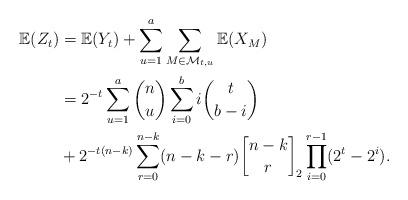
LaTeX: \begin{align*}\mathbb{E}(Z_t) &= \mathbb{E}(Y_t)+\sum_{u=1}^{a}\sum_{M\in\mathcal{M}_{t,u}}\mathbb{E}(X_M)\\&= 2^{-t}\sum_{u=1}^{a}\binom{n}{u}\sum_{i=0}^{b}i\binom{t}{b-i}\\&+2^{-t(n-k)}\sum_{r=0}^{n-k}(n-k-r){n-k \brack r}_2\prod_{i=0}^{r-1}(2^t-2^i).\end{align*}